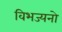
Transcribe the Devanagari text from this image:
विभज्यनो